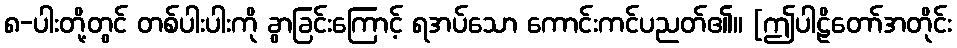
၈-ပါးတို့တွင် တစ်ပါးပါးကို ခွာခြင်းကြောင့် ရအပ်သော ကောင်းကင်ပညတ်၏။ [ဤပါဠိတော်အတိုင်း